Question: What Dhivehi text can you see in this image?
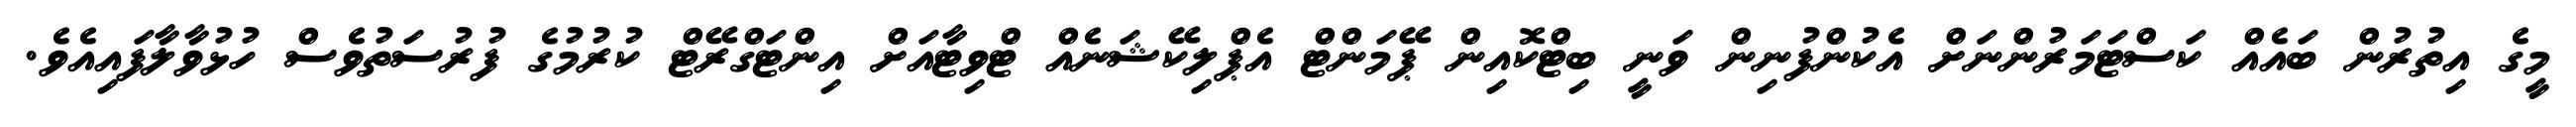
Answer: މީގެ އިތުރުން ބައެއް ކަސްޓަމަރުންނަށް އެކުންފުނިން ވަނީ ބިޓްކޮއިން ޕޭމަންޓް އެޕްލިކޭޝަނެއް ޓްވިޓާއަށް އިންޓަގްރޭޓް ކުރުމުގެ ފުރުސަތުވެސް ހުޅުވާލާފައިއެވެ.